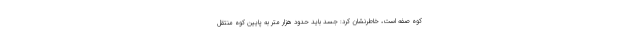
کوه صفه است، ‌خاطرنشان کرد: جسد باید حدود هزار متر به پایین کوه منتقل